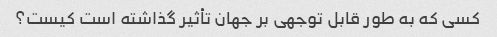
کسی که به طور قابل توجهی بر جهان تأثیر گذاشته است کیست؟